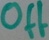
Text: Off